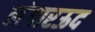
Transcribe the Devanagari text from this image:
लंगारऊद